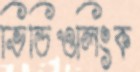
ভিডিওলিংক